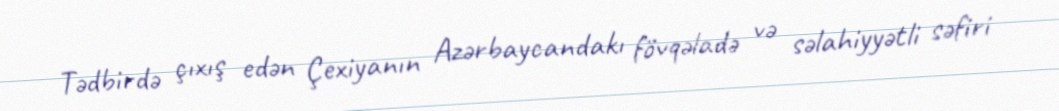
Tədbirdə çıxış edən Çexiyanın Azərbaycandakı fövqəladə və səlahiyyətli səfiri